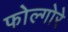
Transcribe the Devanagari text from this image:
फोल्गोरे